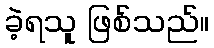
ခဲ့ရသူ ဖြစ်သည်။